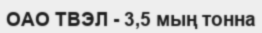
ОАО ТВЭЛ - 3,5 мың тонна